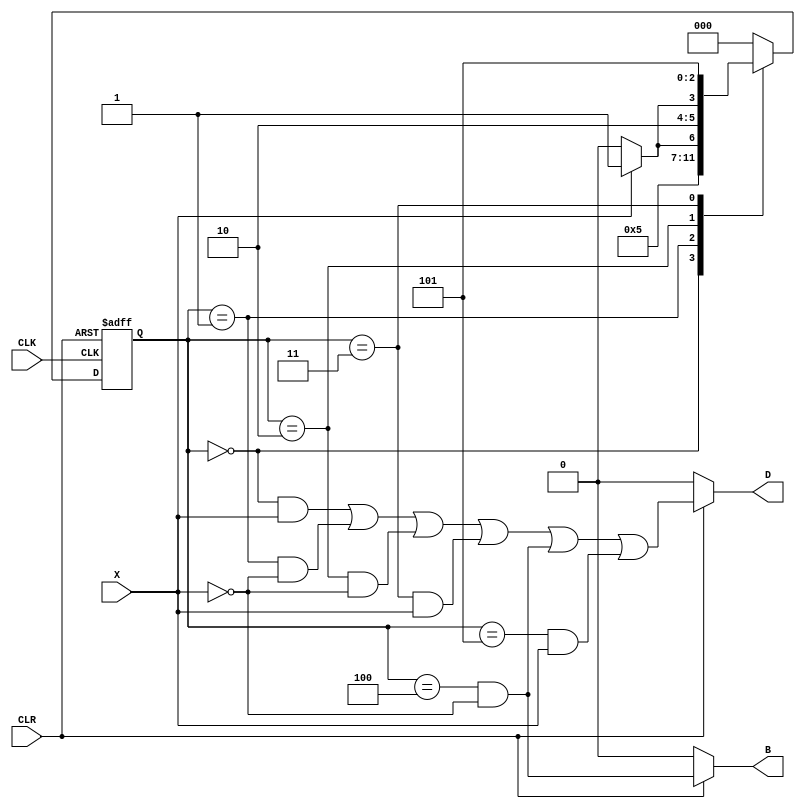
`timescale 1ns / 1ps
//////////////////////////////////////////////////////////////////////////////////
// Company: 
// Engineer: 
// 
// Design Name: 
// Module Name: HW1_sub2_behavioral
// Project Name: 
// Target Devices: 
// Tool Versions: 
// Description: 
// 
// Dependencies: 
// 
// Revision:
// Revision 0.01 - File Created
// Additional Comments:
// 
//////////////////////////////////////////////////////////////////////////////////


module HW1_sub2_behavioral(D, B, X, CLK, CLR);

input X, CLK, CLR;
output reg D, B;
//output wire D, B;
reg [2:0] State;
reg [2:0] NextState;
initial begin 
State = 0; 
NextState = 0;
end

//always @(State or X)
//begin    
//    case(State)
//        0: begin
//               if(X == 1'b0) begin NextState <= 1; D <= 1'b0; B <= 1'b0; end
//               else begin NextState <= 1; D <= 1'b1; B <= 1'b0; end
//           end
//        1: begin
//               if(X == 1'b0) begin NextState <= 2; D <= 1'b1; B <= 1'b0; end
//               else begin NextState <= 3; D <= 1'b0; B <= 1'b0; end
//           end
//        2: begin
//               if(X == 1'b0) begin NextState <= 4; D <= 1'b1; B <= 1'b0; end
//               else begin NextState <= 5; D <= 1'b0; B <= 1'b0; end
//           end
//        3: begin
//               if(X == 1'b0) begin NextState <= 5; D <= 1'b0; B <= 1'b0; end
//               else begin NextState <= 5; D <= 1'b1; B <= 1'b0; end
//           end
//        4: begin
//               if(X == 1'b0) begin NextState <= 0; D <= 1'b1; B <= 1'b1; end
//               else begin NextState <= 0; D <= 1'b0; B <= 1'b0; end
//           end
//        5: begin
//               if(X == 1'b0) begin NextState <= 0; D <= 1'b0; B <= 1'b0; end
//               else begin NextState <= 0; D <= 1'b1; B <= 1'b0; end
//           end
//        default: begin NextState <= 0; D <= 1'b0; B <= 1'b0; end
//    endcase  
//end

always @(State or X)
begin    
    case(State)
        0: NextState <= 1;
        1: begin
               if(X == 1'b0) NextState <= 2;
               else NextState <= 3;
           end
        2: begin
               if(X == 1'b0) NextState <= 4;
               else NextState <= 5;
           end
        3: NextState <= 5;
        4: NextState <= 0;
        5: NextState <= 0;
        default: NextState <= 0;
    endcase  
    
end

always @(posedge CLK or negedge CLR)
begin
    if(~CLR) begin
        State <= 0;
    end
    else begin
        State <= NextState;
    end
end

always @(*)
begin
    if(~CLR) begin
        D = 1'b0; 
        B = 1'b0;
    end
    else begin
        D = (State == 0 && X == 1'b1) || (State == 1 && X == 1'b0) ||
        (State == 2 && X == 1'b0) || (State == 3 && X == 1'b1) ||
        (State == 4 && X == 1'b0) || (State == 5 && X == 1'b1);
        
        B = State == 4 && X == 1'b0;
    end
end
//assign  D = ( (State == 0 && X == 1'b1) || (State == 1 && X == 1'b0) ||
//        (State == 2 && X == 1'b0) || (State == 3 && X == 1'b1) ||
//        (State == 4 && X == 1'b0) || (State == 5 && X == 1'b1) ) && CLR;
        
//assign  B = State == 4 && X == 1'b0 && CLR;

endmodule